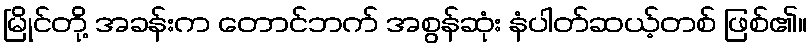
မြိုင်တို့ အခန်းက တောင်ဘက် အစွန်ဆုံး နံပါတ်ဆယ့်တစ် ဖြစ်၏။